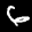
Label: 6